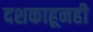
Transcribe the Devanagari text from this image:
दशकाहूनही